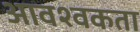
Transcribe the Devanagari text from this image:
आवश्वकता